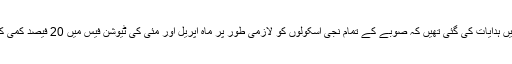
اعلامیے میں ہدایات کی گئی تھیں کہ صوبے کے تمام نجی اسکولوں کو لازمی طور پر ماہ اپریل اور مئی کی ٹیوشن فیس میں 20 فیصد کمی کرنا ہو گی۔